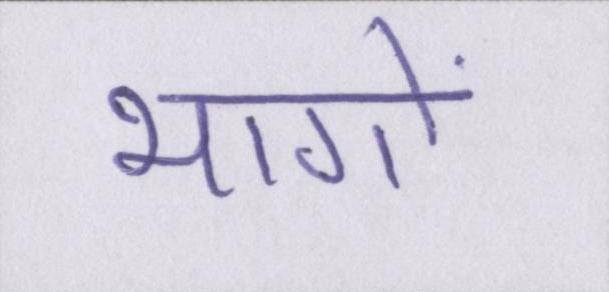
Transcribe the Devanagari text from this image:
भागों